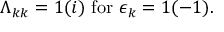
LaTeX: \Lambda _ { k k } = 1 ( i ) \ \mathrm { f o r } \ \epsilon _ { k } = 1 ( - 1 ) .